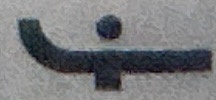
F